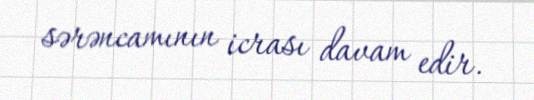
sərəncamının icrası davam edir.